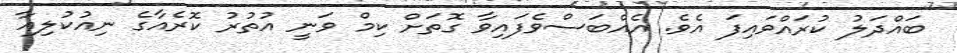
ބައްދަލު ކުރައްވައިފަ އެވެ. އެއްބަސްވެފައިވާ ގޮތަށް ކިމް ވަނީ އުތުރު ކޮރެއާގެ ނިއުކުލިއާ